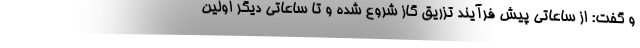
و گفت: از ساعاتی پیش فرآیند تزریق گاز شروع شده و تا ساعاتی دیگر اولین